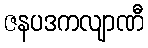
ဇနပဒကလျာဏီ